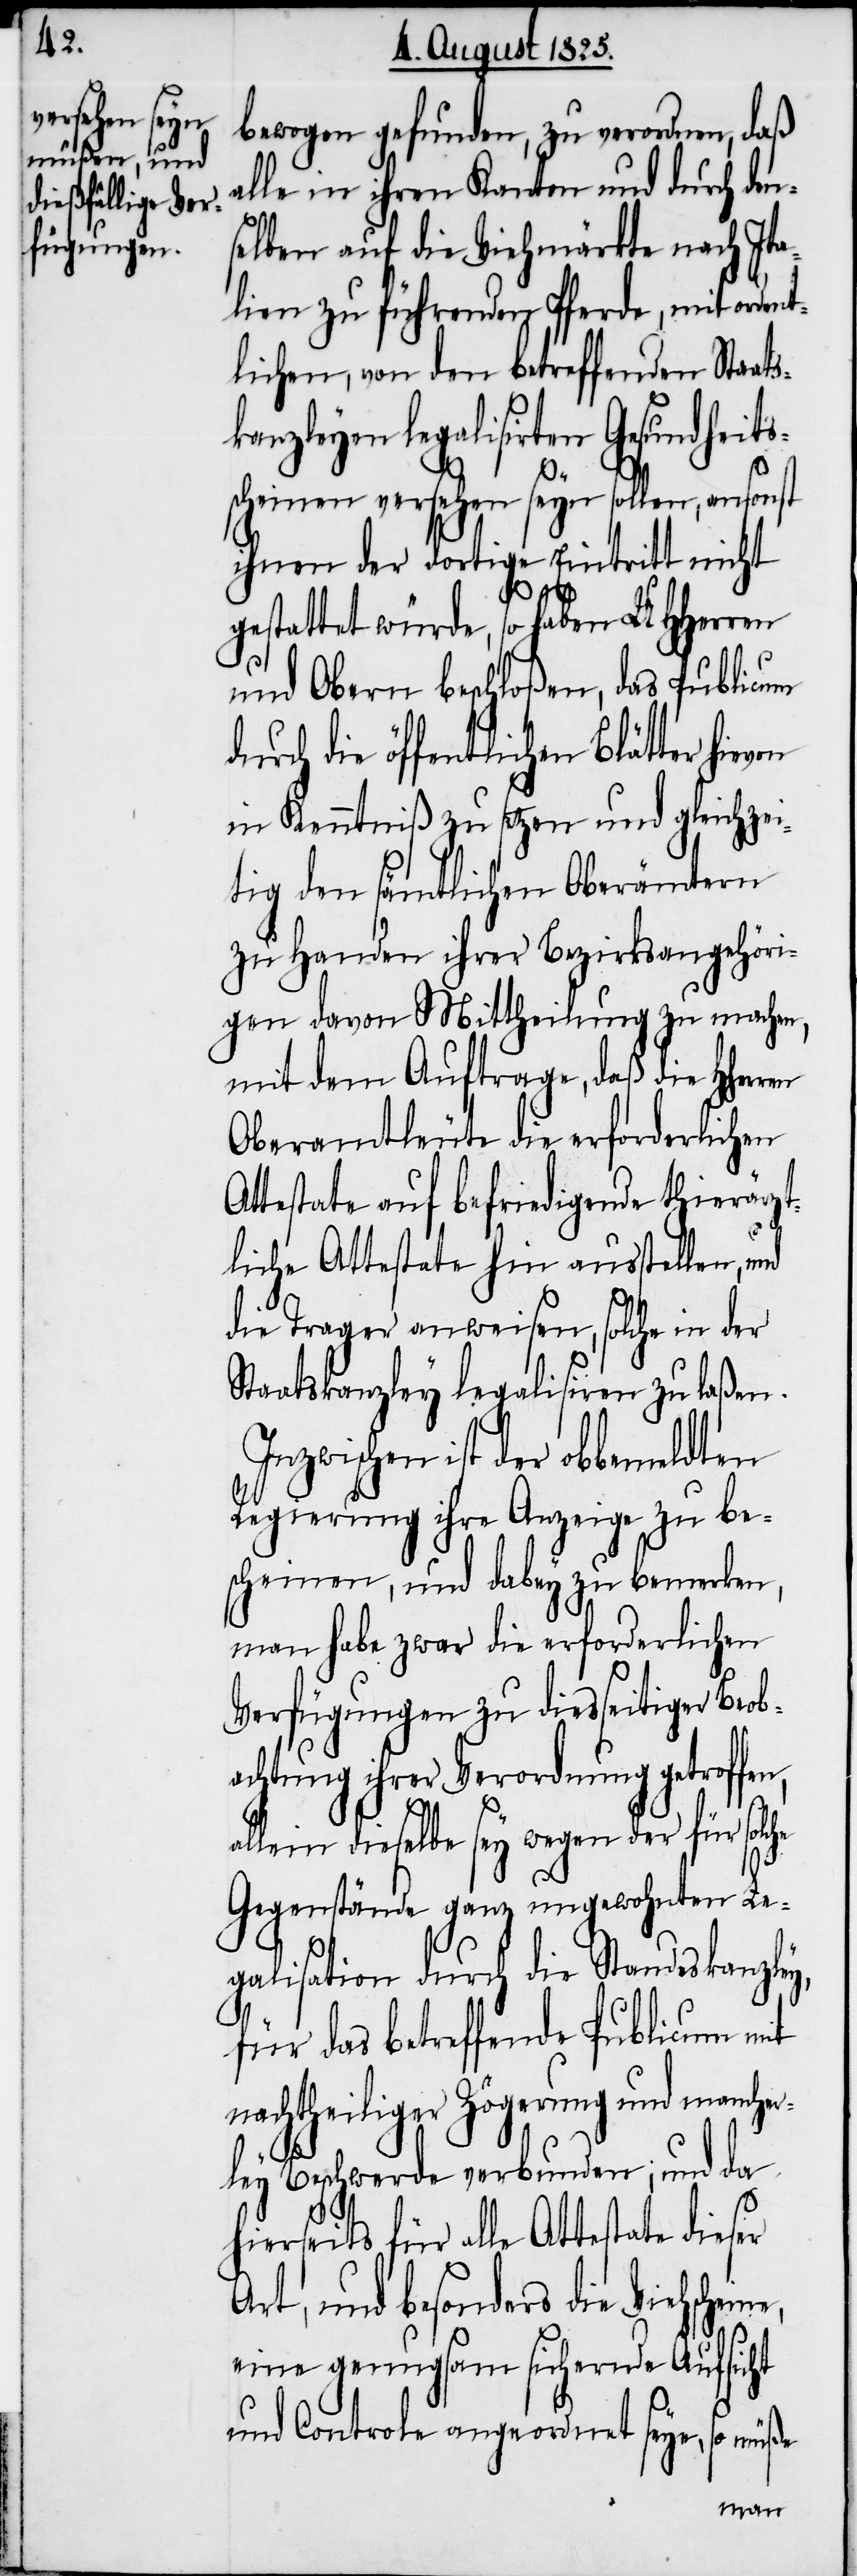
bewogen gefunden, zu verordnen, daß
all in ihren Kanton und durch den¬
selben auf die Viehmärkte nach Ita¬
lien zu führenden Pferde, mit orden¬
tlichen, von den betreffenden Staats¬
kanzleyen legalisirten Gesundheits¬
n,
scheinen versehen seyn sollen, ansonst
ihnen der dortige Eintritt nicht
gestattet würde, so haben UHherren
und Obern beschloßen, das Publicum
durch die öffentlichen Blätter
in Kenntniß zu setzen und gleichzei¬
tig den sämtlichen Oberämtern
zu Handen ihrer Bezirksangehöri¬
gen davon Mittheilung zu machen,
mit dem Auftrage, daß die Hherr¬
Oberamtleute die erforderlichen
ttestate auf befriedigende thierärzt¬
liche Attestate hin ausstellen, und
die Trager anweisen, solche in der
Staatskanzley legalisieren zu laßen.
Inzwischen ist der obbemeldten
Regierung ihre Anzeige zu be¬
scheinen, und dabey zu bemerken,
man habe zwar die erforderlichen
Verfügungen zu diesseitiger Beob¬
achtung ihrer Verordnung getroffe¬
allein dieselbe sey wegen der für solche
Gegenstände ganz ungewohnten Le¬
galisation durch die Standeskanzley,
ne,
für das betreffende Publicum mit
nachtheiliger Zögerung und manche¬
rley Beschwerde verbunden; und da
hierseits für alle Attestate dieser
Art, und besonders die Viehschei¬
eine genugsam sichernde Aufsicht
und Controle angeordnet seye, so müße